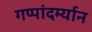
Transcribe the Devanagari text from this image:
गप्पांदर्म्यान